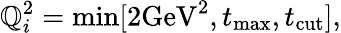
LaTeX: \mathbb{Q}_{i}^{2}=\operatorname*{min}[2\mathrm{{GeV^{2}}},t_{\mathrm{{max}}},t_{\mathrm{{cut}}}],